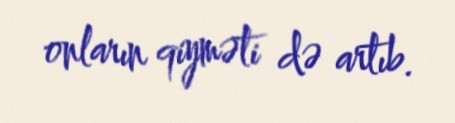
onların qiyməti də artıb.